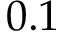
0 . 1